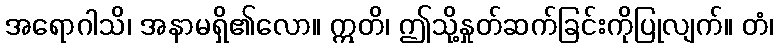
အရောဂါသိ၊ အနာမရှိ၏လော။ ဣတိ၊ ဤသို့နှုတ်ဆက်ခြင်းကိုပြုလျက်။ တံ၊